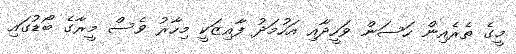
މީގެ ތެރެއިން ހަސަން ވަހީދާއި އަހުމަދު ފާއިޒަކީ މިހާރު ވެސް މީރާގެ ބޯޑުގައި